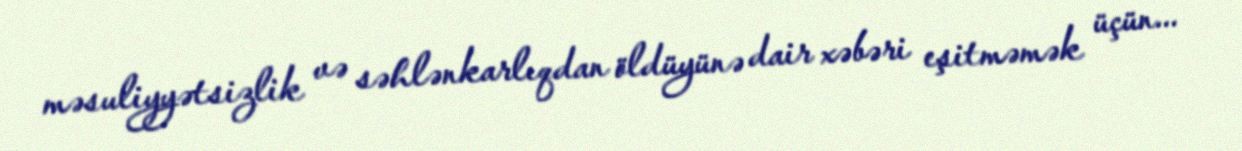
məsuliyyətsizlik və səhlənkarlıqdan öldüyünə dair xəbəri eşitməmək üçün...